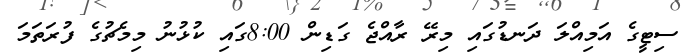
ސިޓީގެ އަމިއްލަ ދަނޑުގައި މިރޭ ރާއްޖެ ގަޑިން 8:00ގައި ކުޅުނު މިމެޗުގެ ފުރަތަމަ